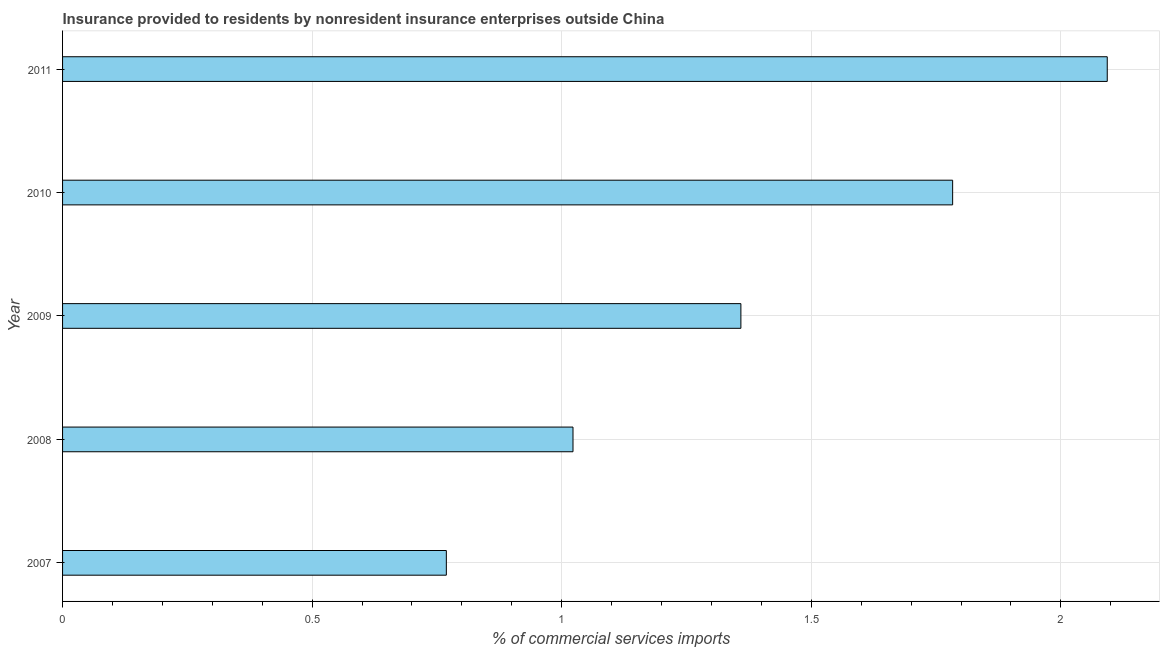
| Year | Insurance provided by non-residents |
 | --- | --- |
 | 2007 | 0.769 |
 | 2008 | 1.02 |
 | 2009 | 1.36 |
 | 2010 | 1.78 |
 | 2011 | 2.09 |